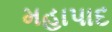
મહાપાદ